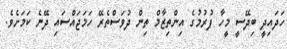
ހަދައިދީ ބިދޭސީ މީހާ ފުރުމުގެ އިންތިޒާމް ތިން ދުވަސްތެރޭ ހަމަޖައްސައި ދޭނެ ކަމަށެވެ.